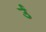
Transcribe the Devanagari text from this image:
र्उ